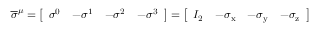
{ \overline { { \sigma } } } ^ { \mu } = { \left[ \begin{array} { l l l l } { \sigma ^ { 0 } } & { - \sigma ^ { 1 } } & { - \sigma ^ { 2 } } & { - \sigma ^ { 3 } } \end{array} \right] } = { \left[ \begin{array} { l l l l } { I _ { 2 } } & { - \sigma _ { \mathrm { x } } } & { - \sigma _ { \mathrm { y } } } & { - \sigma _ { \mathrm { z } } } \end{array} \right] }